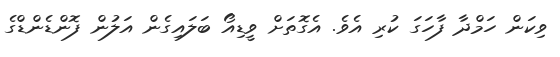
ވިކަން ހަމްދާ ފާހަގަ ކުރި އެވެ. އެގޮތަށް ވީޑިއޯ ބަލައިގެން އަލުން ފޮންޑެންޑްގެ